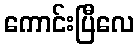
ကောင်းပြီလေ